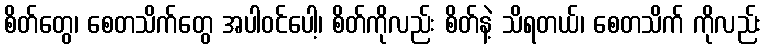
စိတ်တွေ၊ စေတသိက်တွေ အပါဝင်ပေါ့၊ စိတ်ကိုလည်း စိတ်နဲ့ သိရတယ်၊ စေတသိက် ကိုလည်း